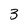
Character: 3